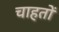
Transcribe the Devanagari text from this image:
चाहतों